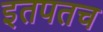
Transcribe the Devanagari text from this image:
इतपतच